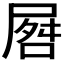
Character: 𪨘